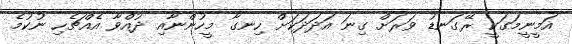
އަމީނީމަގަކީ ރޭގަނޑު ވަރަށް ގިނަ އަދަދަކަށް ހިނގާ މީހުންނާއި ދުއްވާ އެއްޗެހި ނުކުމެ